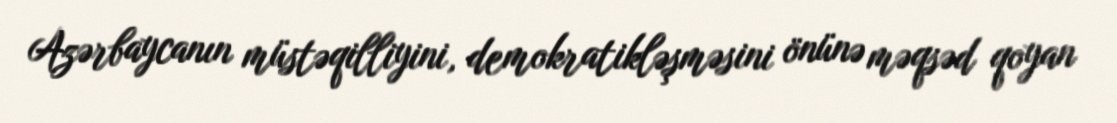
Azərbaycanın müstəqilliyini, demokratikləşməsini önünə məqsəd qoyan